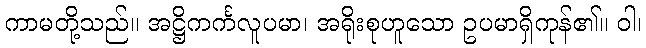
ကာမတို့သည်။ အဋ္ဌိကင်္ကလူပမာ၊ အရိုးစုဟူသော ဥပမာရှိကုန်၏။ ဝါ၊